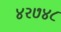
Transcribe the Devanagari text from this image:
४२७४८